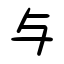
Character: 与